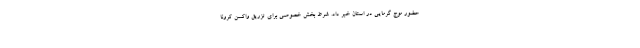
حضور موج گرمایی در استان خبر داد. شرط بخش خصوصی برای تزریق واکسن کرونا